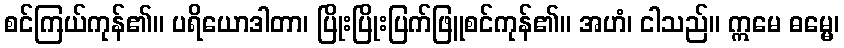
စင်ကြယ်ကုန်၏။ ပရိယောဒါတာ၊ ပြိုးပြိုးပြက်ဖြူစင်ကုန်၏။ အဟံ၊ ငါသည်။ ဣမေ ဓမ္မေ၊